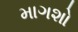
માગશો